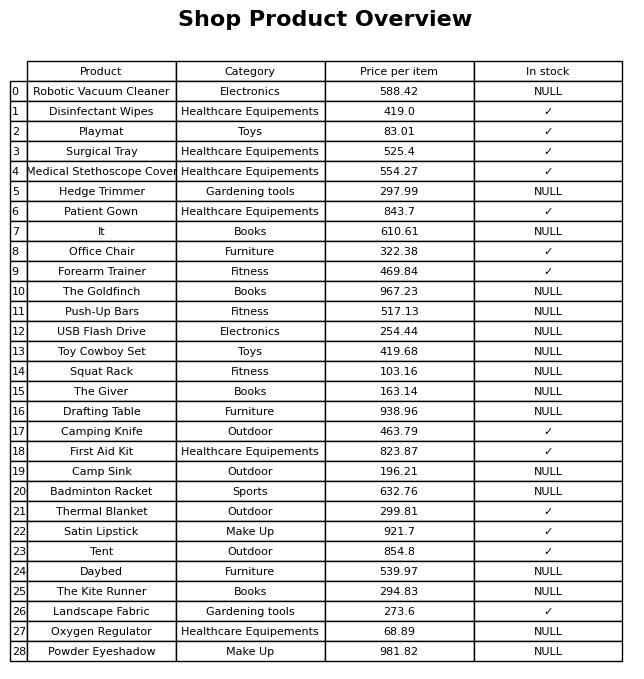
question: What is the price for The Goldfinch?
answer: The price of The Goldfinch is 967.23.